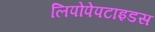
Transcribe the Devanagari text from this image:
लिपोपेपटाइडस